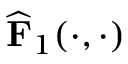
\widehat { \mathbf { F } } _ { 1 } ( \cdot , \cdot )